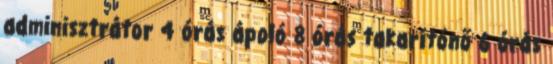
adminisztrátor 4 órás ápoló 8 órás takarítónő 6 órás